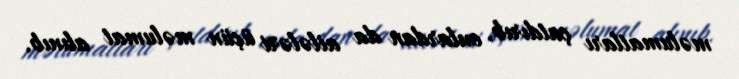
məlumatları çatdırıb, onlardan da ailələri üçün məlumat alınıb.